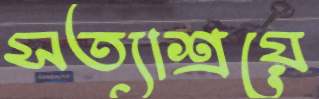
সত্যাশ্রয়ে